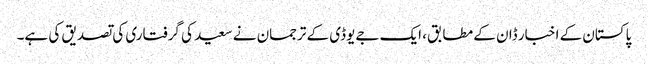
پاکستان کے اخبار ڈان کے مطابق، ایک جےیوڈی کے ترجمان نے سعید کی گرفتاری کی تصدیق کی ہے۔